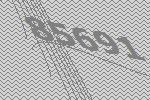
85691